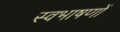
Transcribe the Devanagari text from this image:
स्वभाषणों